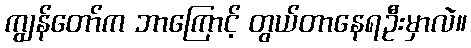
ကျွန်တော်က ဘာကြောင့် တွယ်တာနေရဦးမှာလဲ။